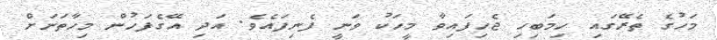
މަހުގެ ތެރޭގައި ހިމަބިހި ޖެހިފައިވާ މީހަކު ވަނީ ފެނިފައެވެ. އަދި އޭގެފަހުން މިހާތަނަށް